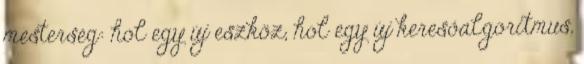
mesterség: hol egy új eszköz, hol egy új keresőalgoritmus,